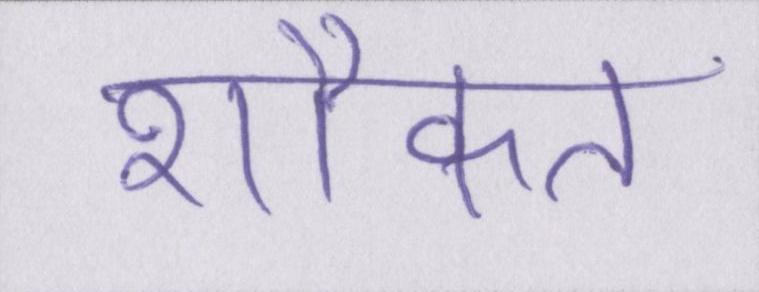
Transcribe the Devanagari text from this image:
शौकत